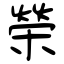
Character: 榮